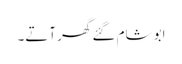
ابو شام گئے گھر آتے۔